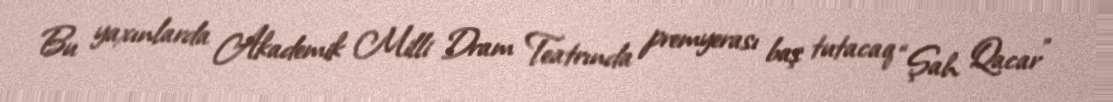
Bu yaxınlarda Akademik Milli Dram Teatrında premyerası baş tutacaq “Şah Qacar”